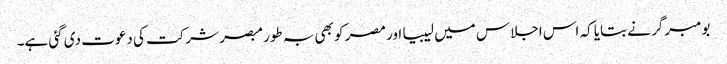
بومبرگر نے بتایا کہ اس اجلاس میں لیبیا اور مصر کو بھی بہ طور مبصر شرکت کی دعوت دی گئی ہے۔